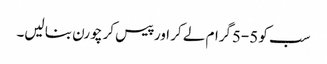
سب کو 5-5گرام لے کر اور پیس کر چورن بنا لیں۔